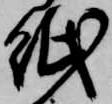
紙